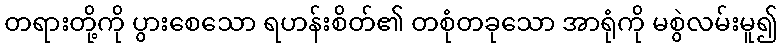
တရားတို့ကို ပွားစေသော ရဟန်းစိတ်၏ တစုံတခုသော အာရုံကို မစွဲလမ်းမူ၍